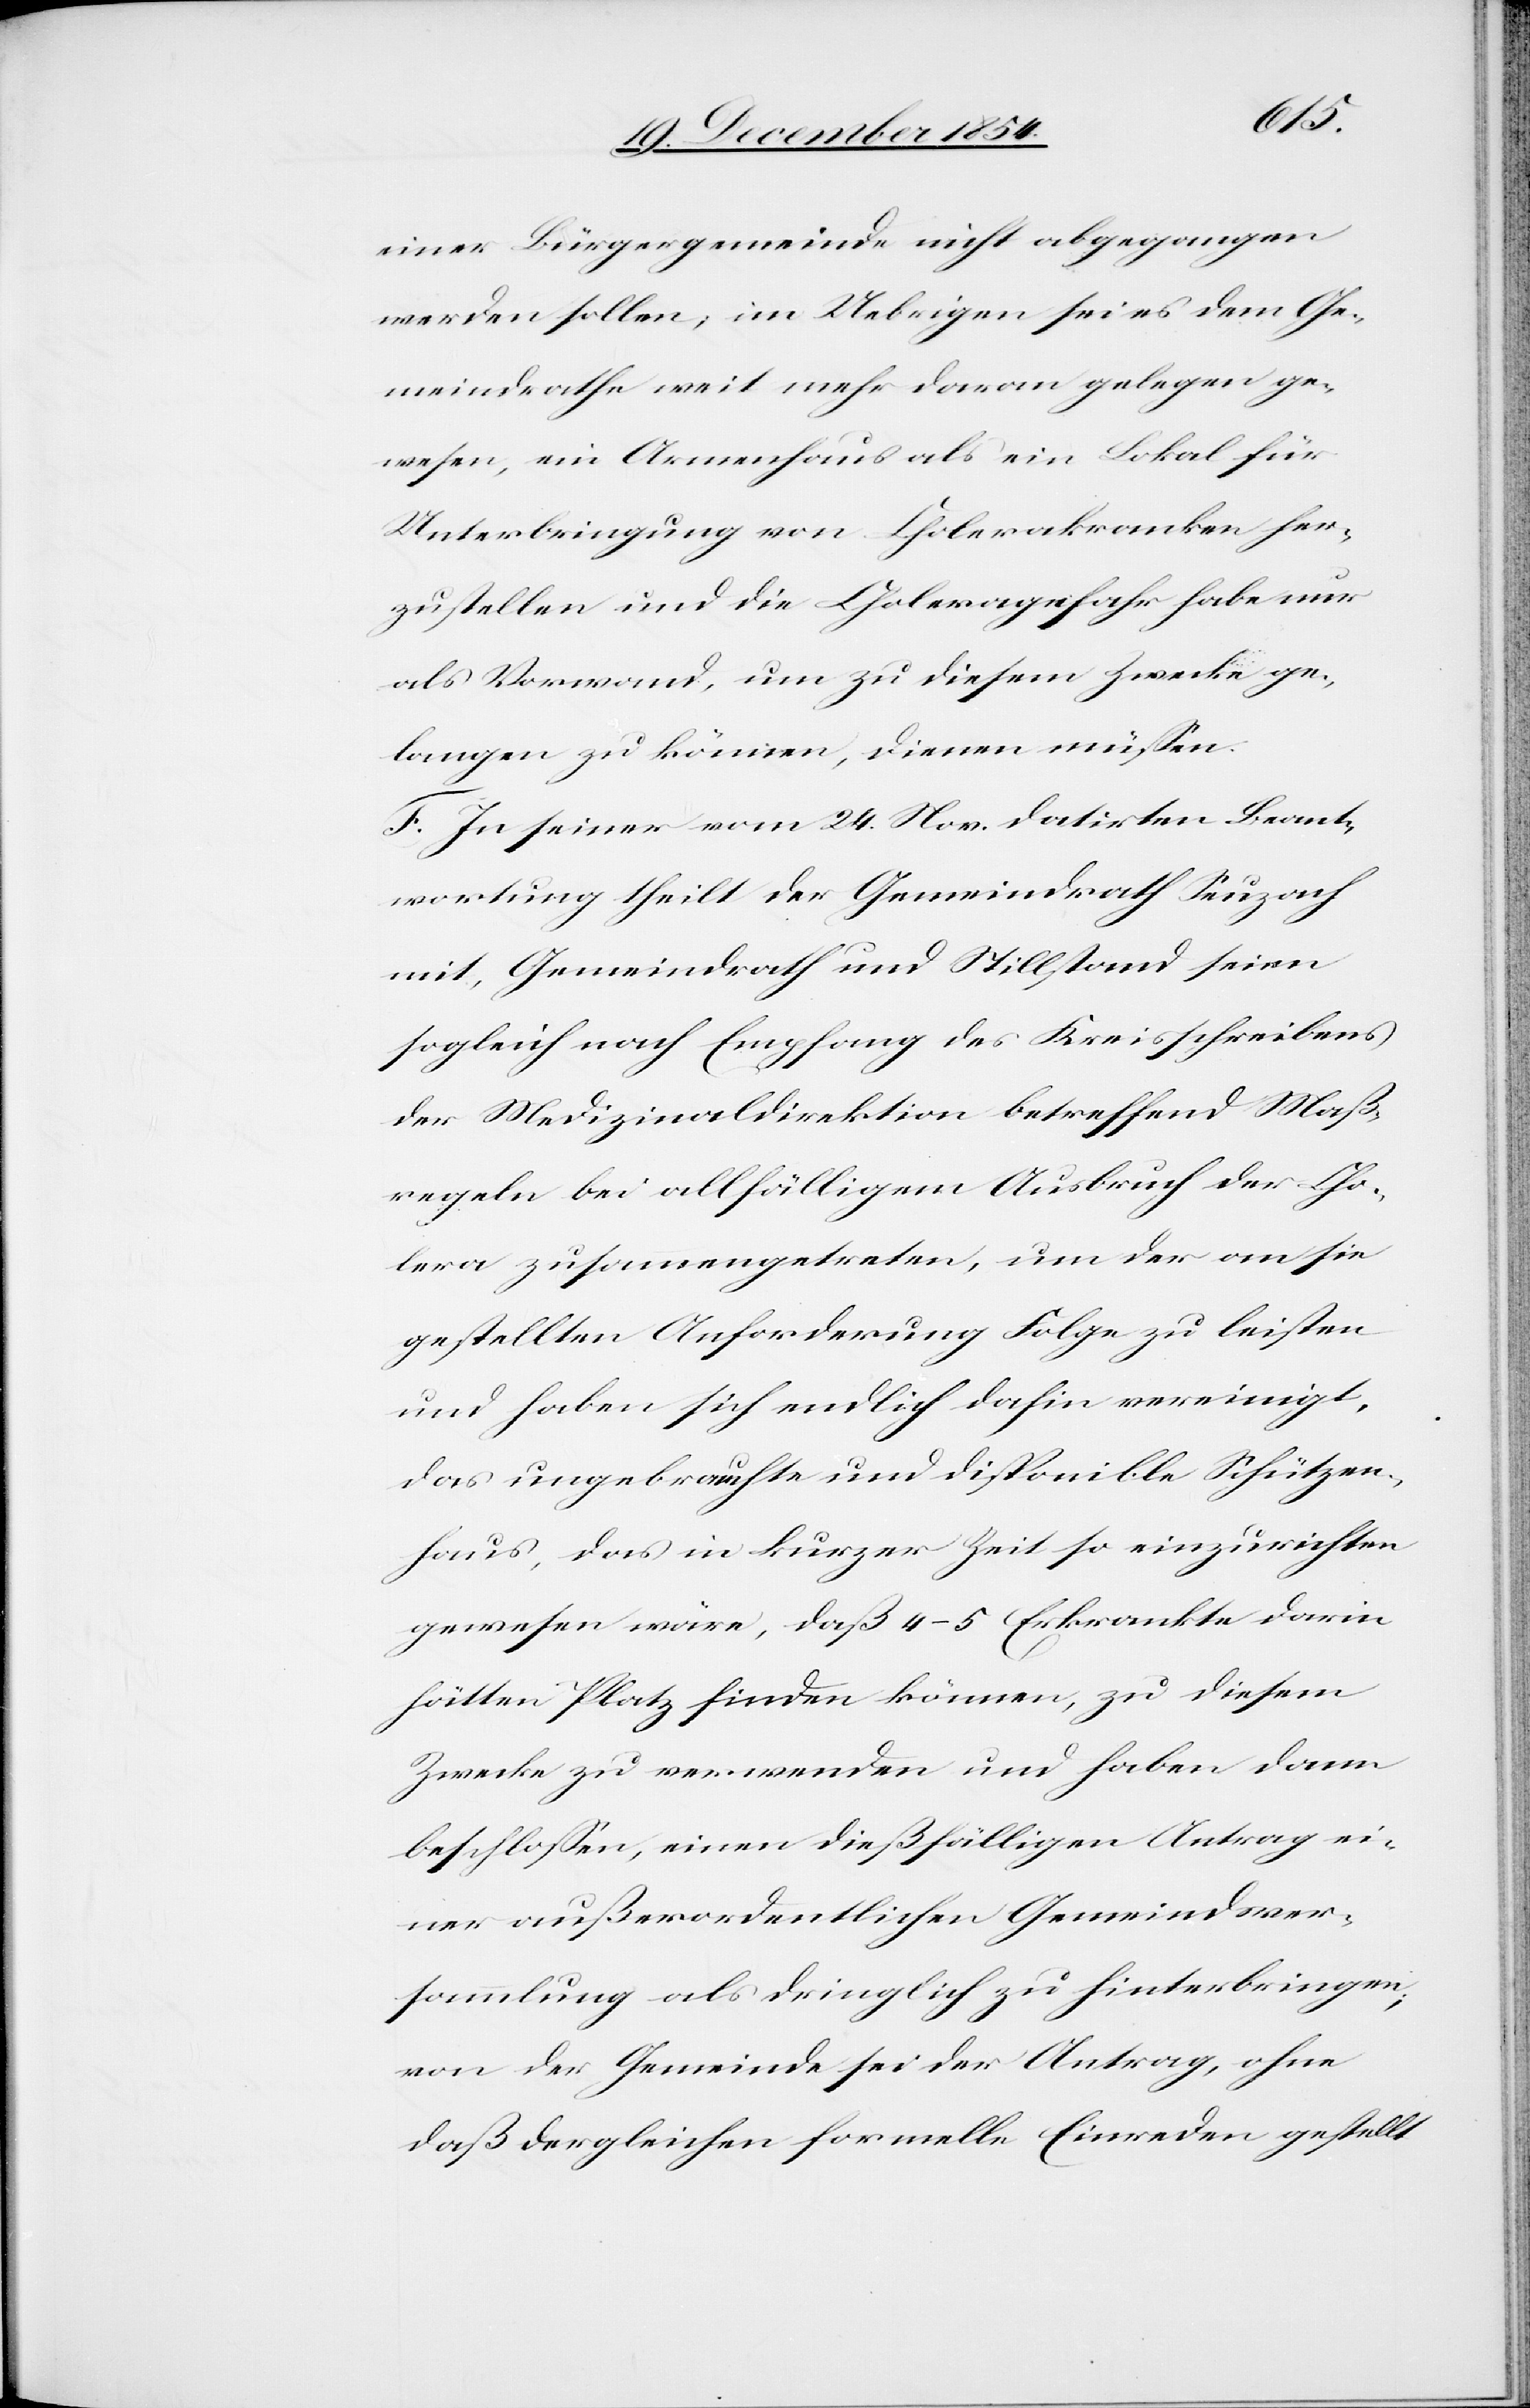
einer Bürgergemeinde nicht abgegangen
werden sollen; im Uebrigen sei es dem Ge¬
meindrathe weit mehr daran gelegen ge¬
wesen, ein Armenhaus als ein Lokal für
Unterbringung von Cholerakranken her¬
zustellen und die Choleragefahr habe nur
als Vorwand, um zu diesem Zwecke ge¬
langen zu können, dienen müßen.
F. In seiner vom 24. Nov. datirten Beant¬
wortung theilt der Gemeindrath Seuzach
mit, Gemeindrath und Stillstand seien
sogleich nach Empfang des Kreisschreibens
der Medizinaldirektion betreffend Maß¬
regeln bei allfälligem Ausbruch der Cho¬
lera zusammengetreten, um der an sie
gestellten Anforderung Folge zu leisten
und haben sich endlich dahin vereinigt,
das ungebrauchte und disponible Schützen¬
haus, das in kurzer Zeit so einzurichten
gewesen wäre, daß 4–5 Erkrankte darin
hätten Platz finden können, zu diesem
Zwecke zu verwenden und haben dann
beschloßen, einen dießfälligen Antrag ei¬
ner außerordentlichen Gemeindsver¬
ammlung als dringlich zu hinterbringen;
von der Gemeinde sei der Antrag, ohne
daß dergleichen formelle Einreden gestellt